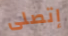
إتصلى